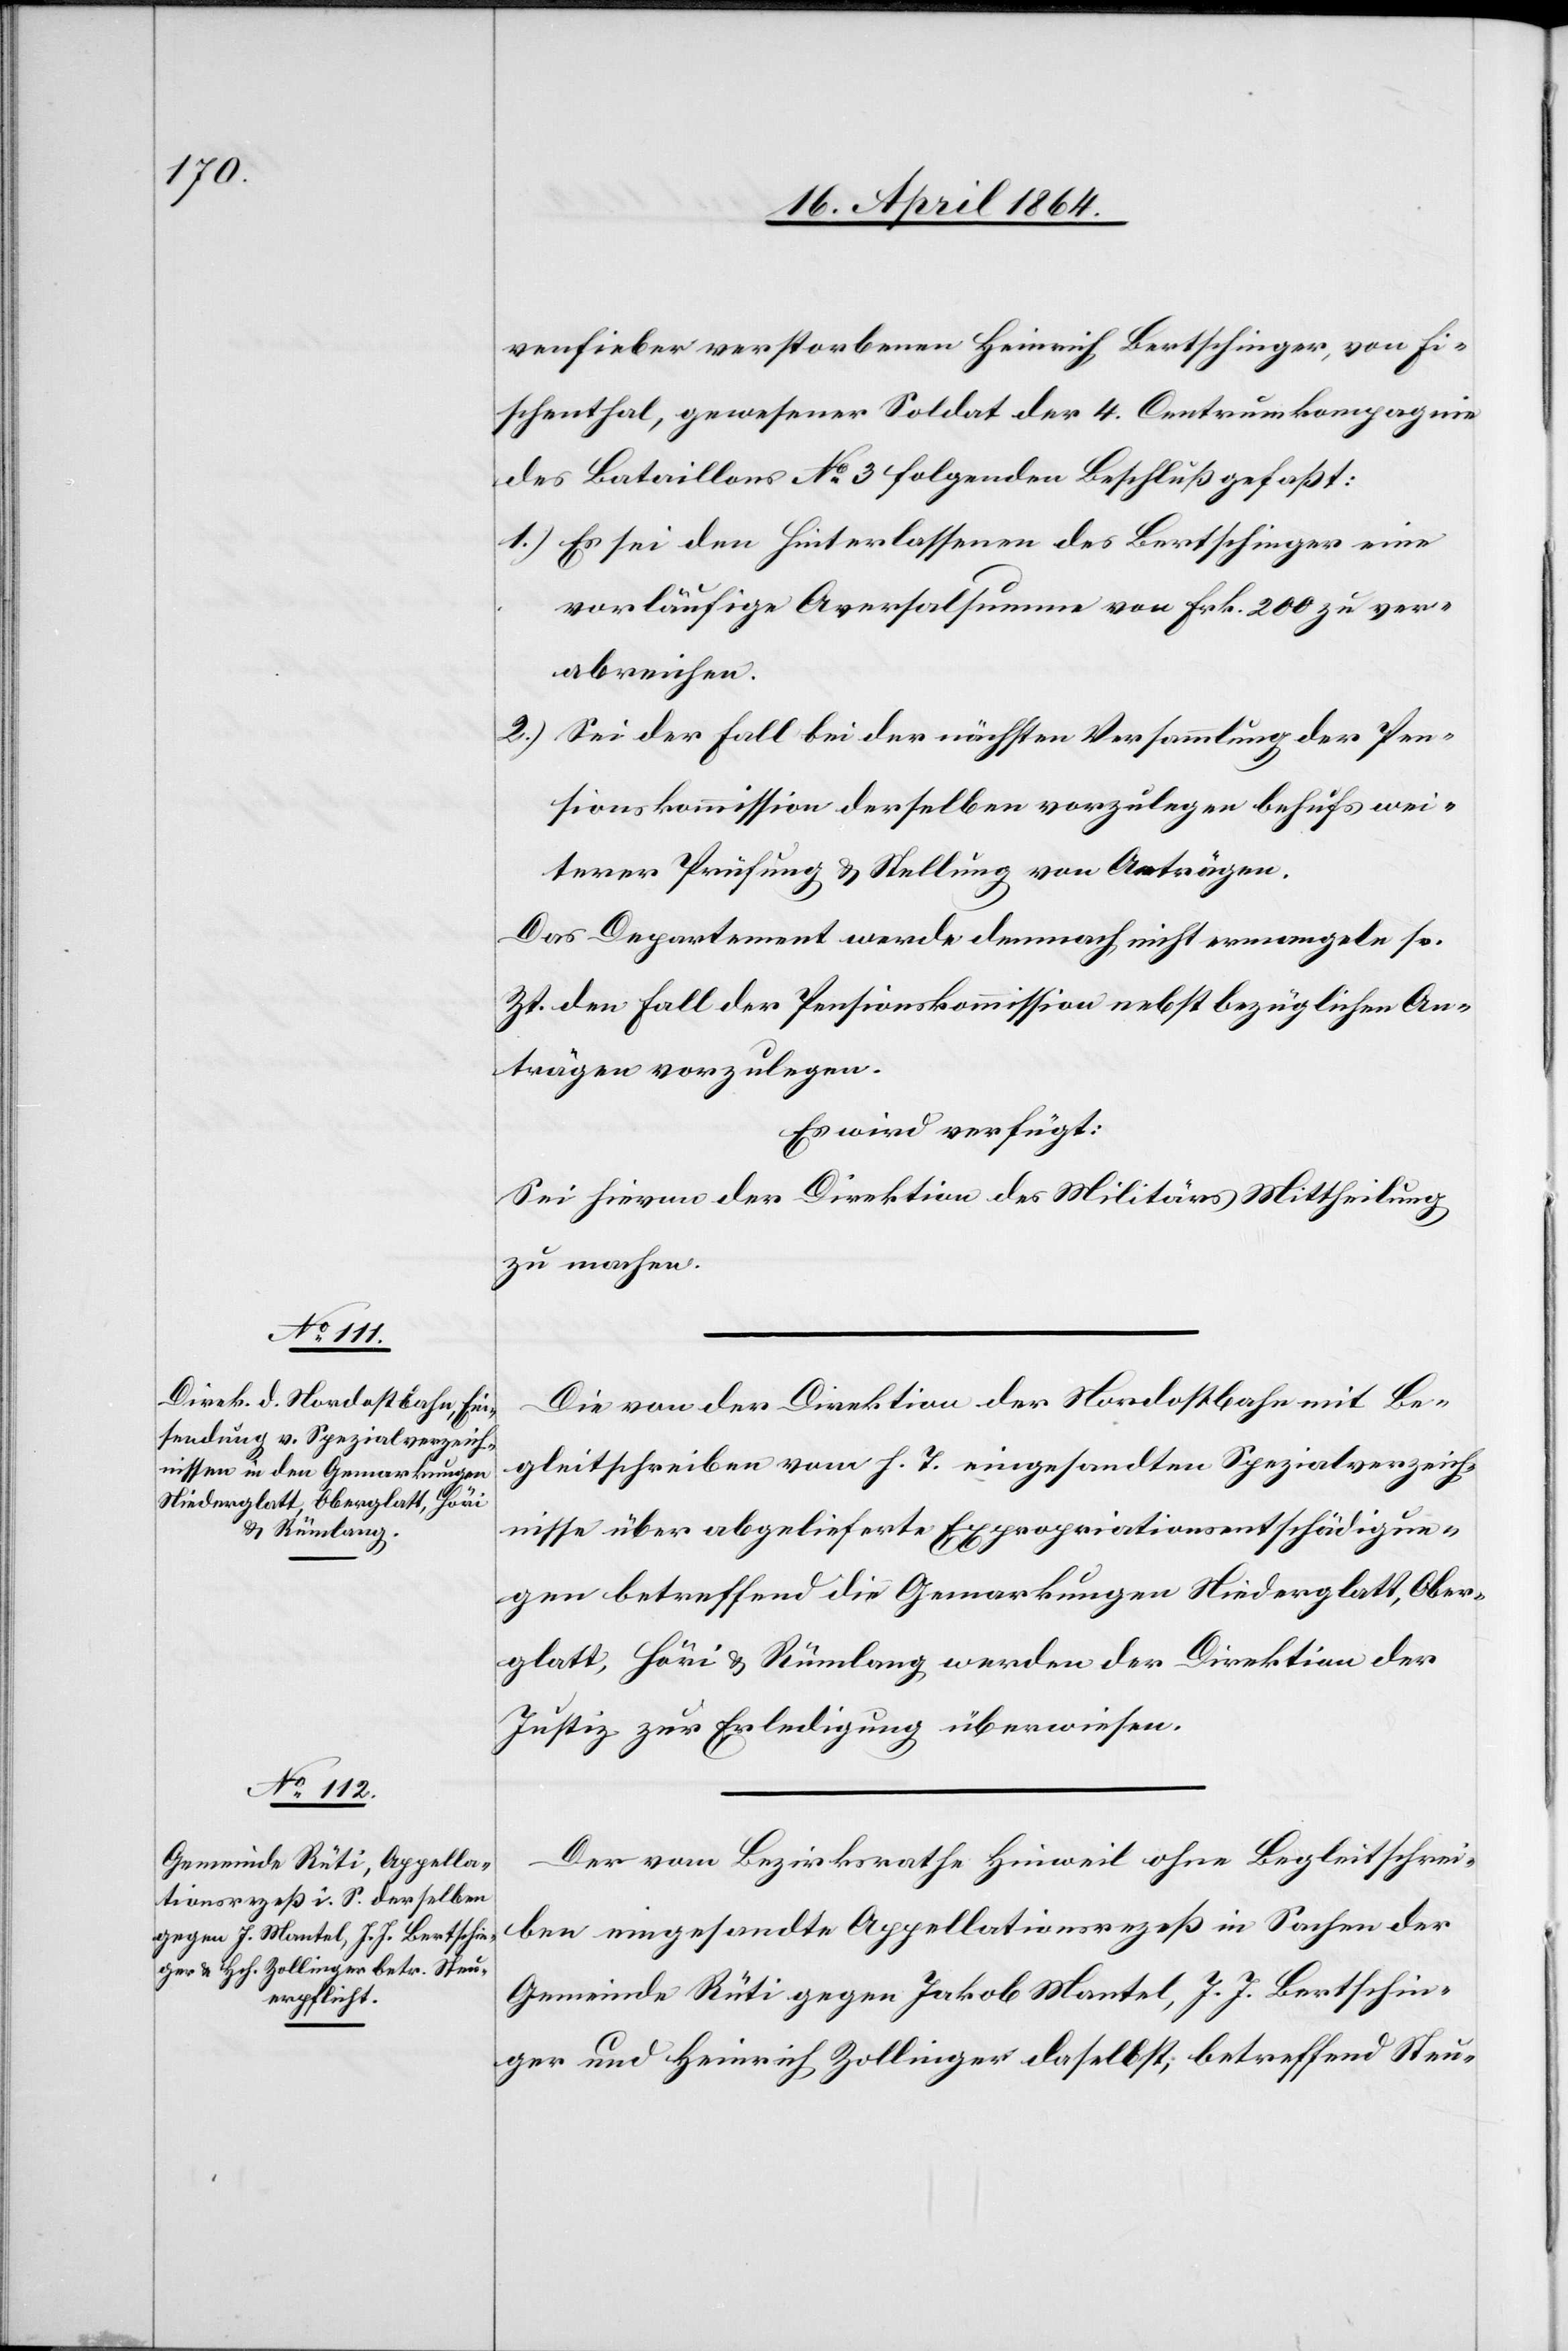
16. April 1864.]
venfieber verstorbenen Heinrich Bertschinger, von Fi¬
schenthal, gewesener Soldat der 4. Centrumkompagnie
des Bataillons No 3 folgenden Beschluß gefaßt:
1.) Es sei den Hinterlassenen des Bertschinger eine
vorläufige Aversalsumme von Frk. 200 zu ver¬
abreichen.
2.) Sei der Fall bei der nächsten Versammlung der Pen¬
sionskommission derselben vorzulegen behufs wei¬
terer Prüfung u. Stellung von Anträgen.
Das Departement werde demnach nicht ermangeln sr.
Zt. den Fall der Pensionskommission nebst bezüglichen An¬
trägen vorzulegen.
Es wird verfügt:
Sei hievon der Direktion des Militärs Mittheilung
zu machen.
Die von der Direktion der Nordostbahn mit Be¬
gleitschreiben vom h. T. eingesandten Spezialverzeich¬
nisse über abgelieferte Expropriationsentschädigun¬
gen betreffend die Gemarkungen Niederglatt, Ober¬
glatt, Höri u. Rümlang werden der Direktion der
Justiz zur Erledigung überwiesen.
Der vom Bezirksrathe Hinweil ohne Begleitschrei¬
ben eingesandte Appellationsrezeß in Sachen der
Gemeinde Rüti gegen Jakob Mantel, J. J. Bertschin¬
ger und Heinrich Zollinger daselbst, betreffend Steu-